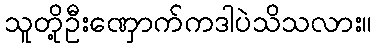
သူတို့ဦးဏှောက်ကဒါပဲသိသလား။